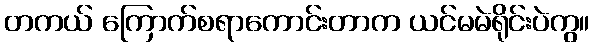
တကယ် ကြောက်စရာကောင်းတာက ယင်မမဲရိုင်းပဲကွ။